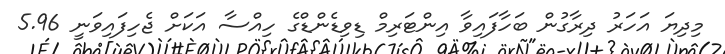
މިދިޔަ އަހަރު ދިރާގުން ބަހާފައިވާ އިންޓަރިމް ޑިވިޑެންޑްގެ ހިއްސާ އަކަށް ޖެހިފައިވަނީ 5.96